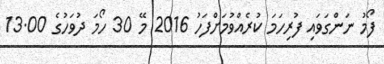
ފޯމު ނަންގަވައި ފުރިހަމަ ކުރެއްވުމަށްފަހު 2016 މޭ 30 ހޯމަ ދުވަހުގެ 13.00